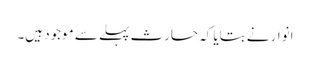
انوار نے بتایا کہ حارث پہلے سے موجود ہیں۔